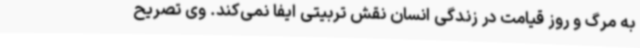
به مرگ و روز قیامت در زندگی انسان نقش تربیتی ایفا نمی‌کند. وی تصریح